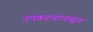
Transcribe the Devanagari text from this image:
उपकरणांपासून